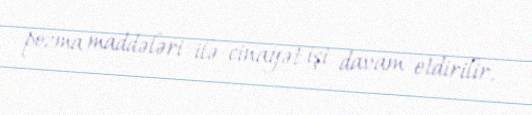
pozma maddələri ilə cinayət işi davam etdirilir.